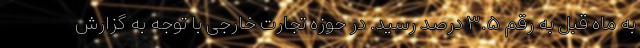
به ماه قبل به رقم ۳.۵ درصد رسید. در حوزه تجارت خارجی با توجه به گزارش